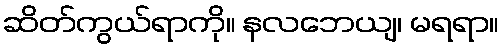
ဆိတ်ကွယ်ရာကို။ နလဘေယျ၊ မရရာ။